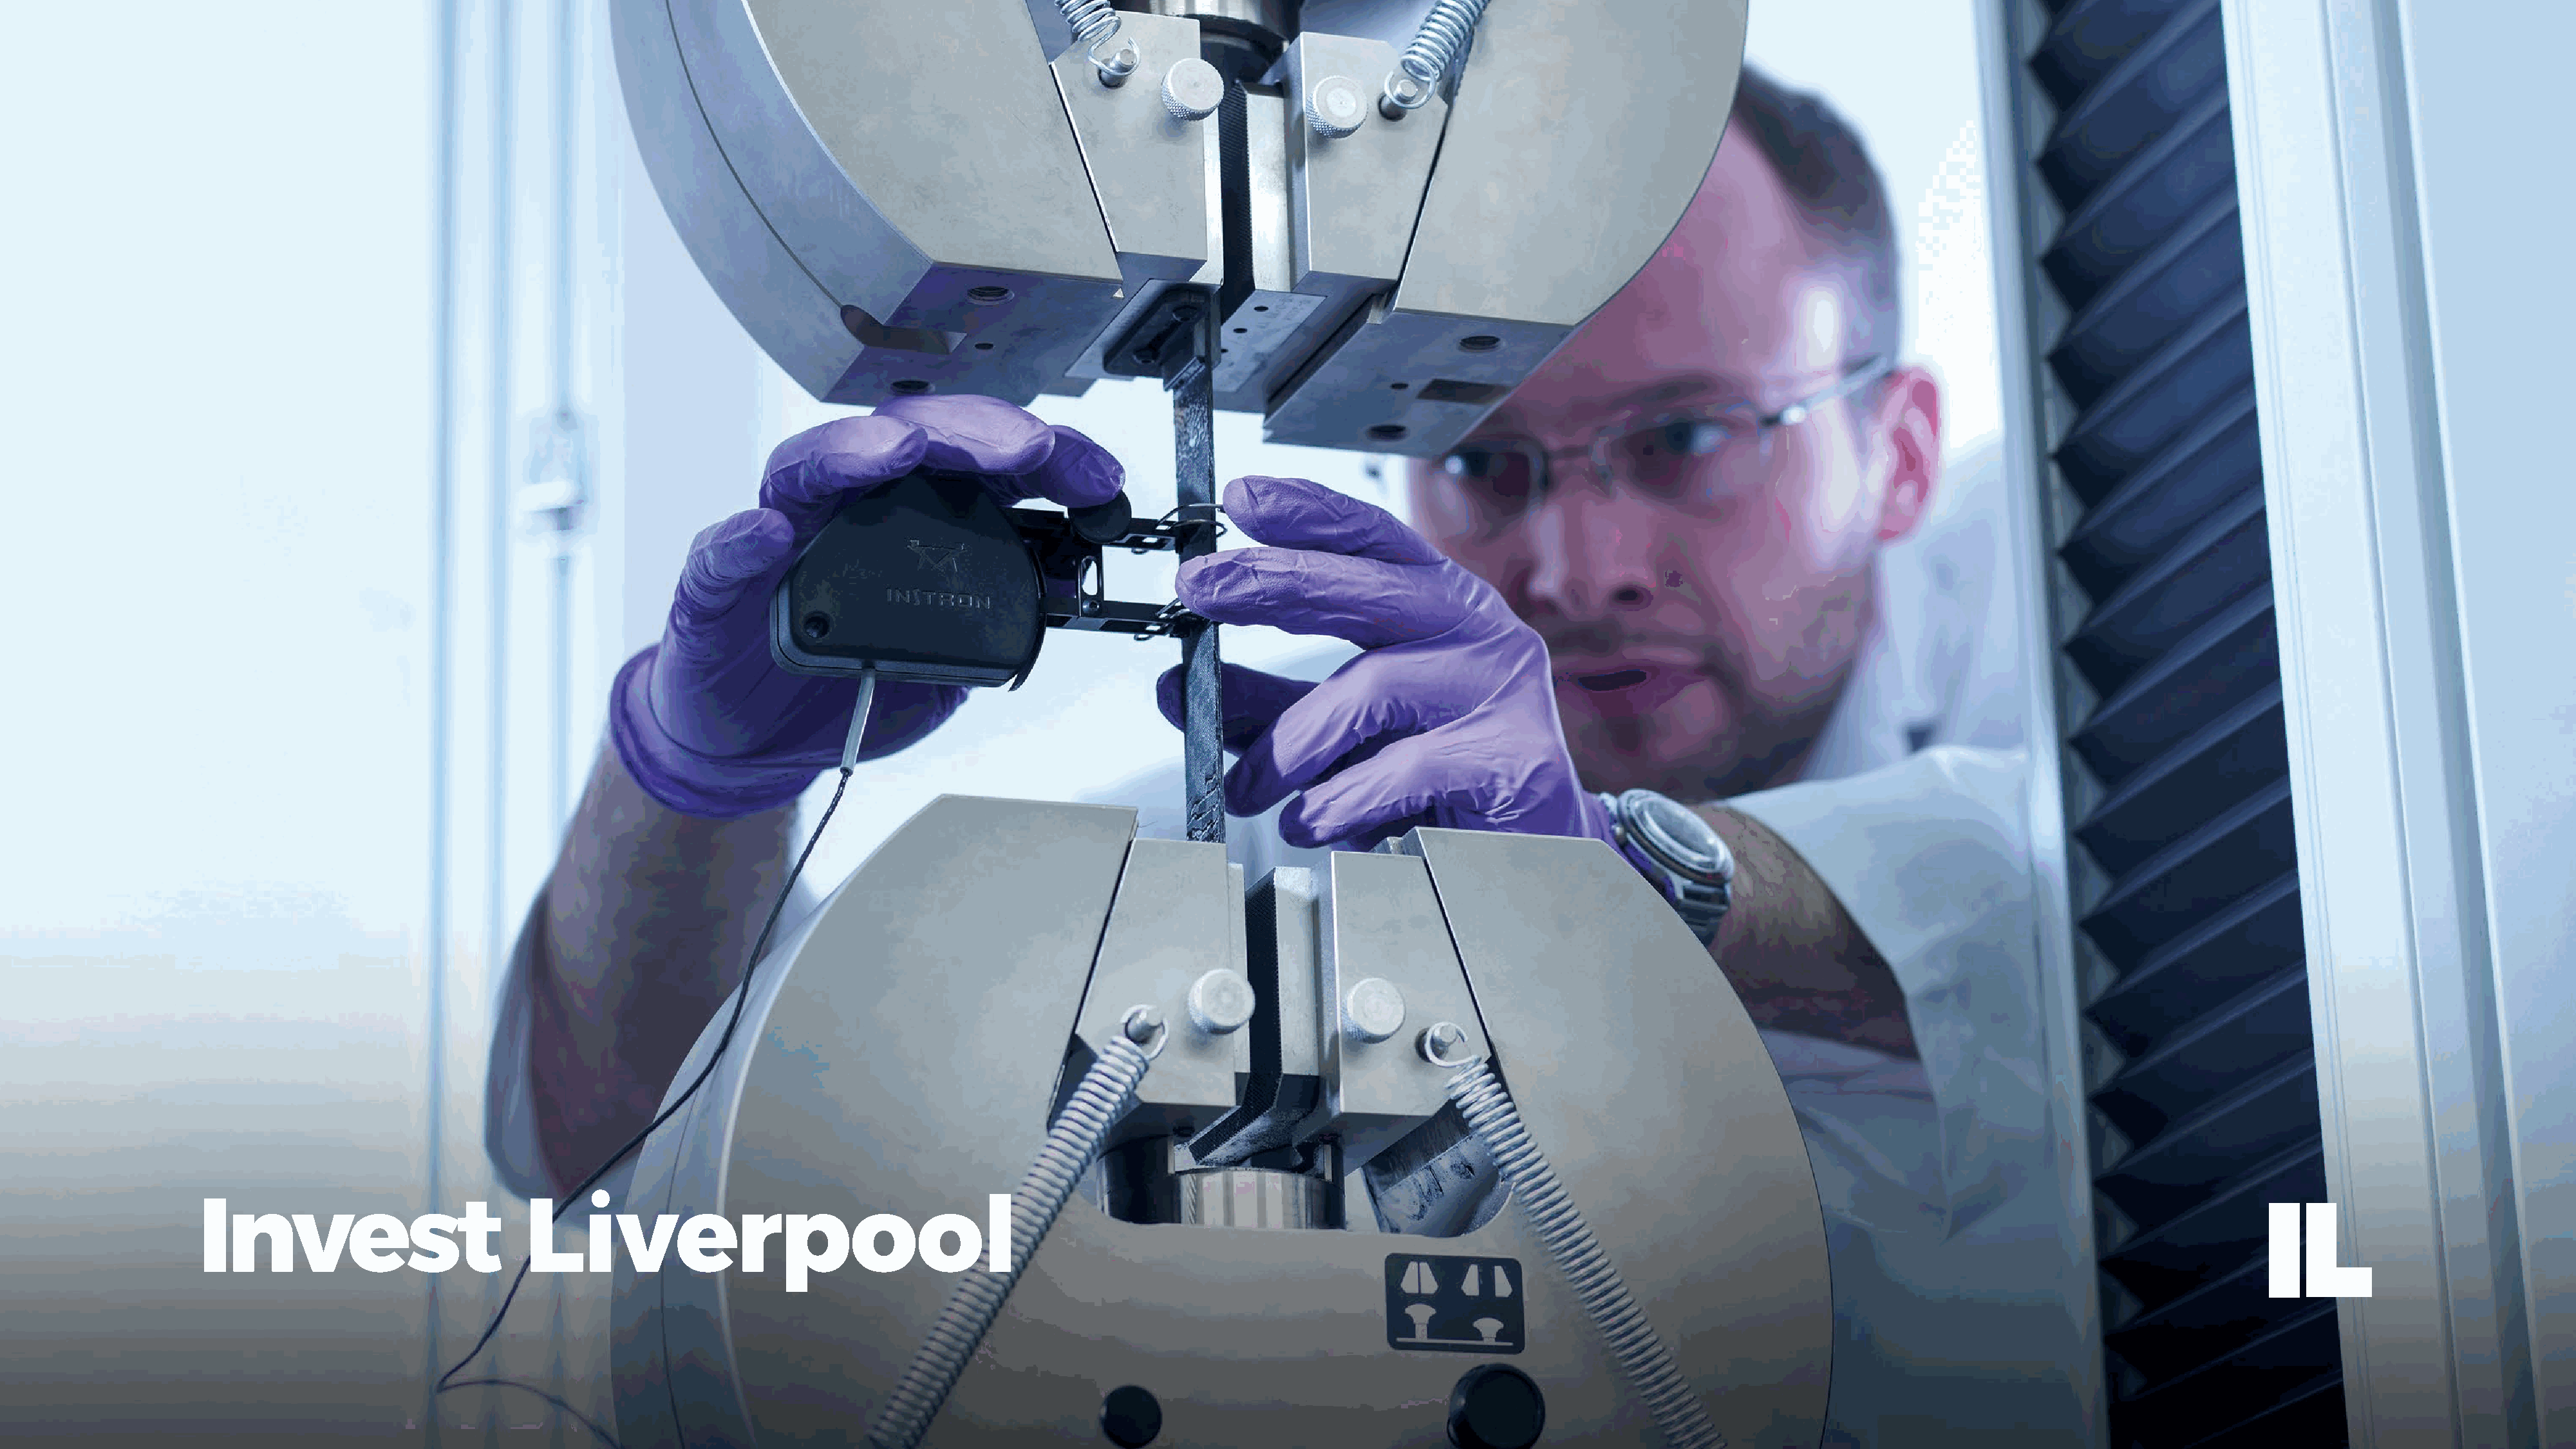
MARKETING LIVERPOOL | ANNUAL REVIEW 2021
 Invest                            Liverpool